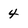
Character: 4